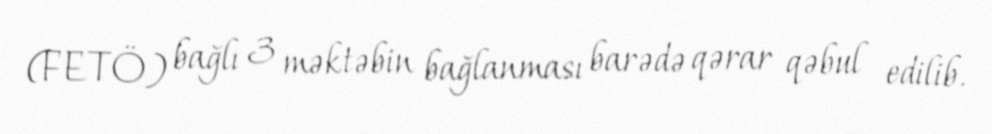
(FETÖ) bağlı 3 məktəbin bağlanması barədə qərar qəbul edilib.